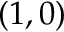
( 1 , 0 )